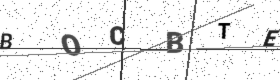
Text: BOCBTE